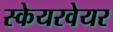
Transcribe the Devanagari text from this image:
स्केयरवेयर